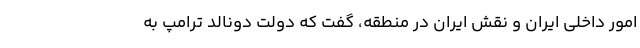
امور داخلی ایران و نقش ایران در منطقه، گفت که دولت دونالد ترامپ به